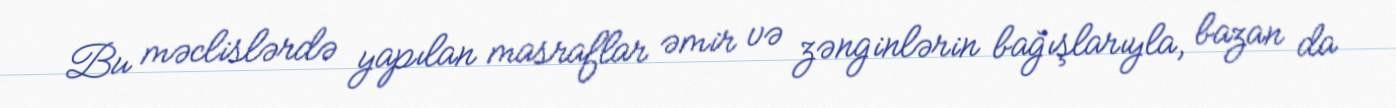
Bu məclislərdə yapılan masraflar əmir və zənginlərin bağışlarıyla, bazan da